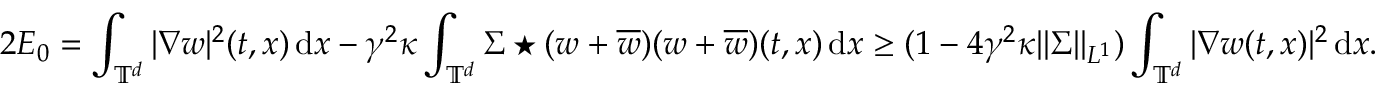
2 E _ { 0 } = \displaystyle \int _ { \mathbb T ^ { d } } | \nabla w | ^ { 2 } ( t , x ) \, { \mathrm { d } } x - \displaystyle \gamma ^ { 2 } \kappa \displaystyle \int _ { \mathbb T ^ { d } } \Sigma \star ( w + \overline { w } ) ( w + \overline { w } ) ( t , x ) \, { \mathrm { d } } x \ge ( 1 - 4 \gamma ^ { 2 } \kappa \| \Sigma \| _ { L ^ { 1 } } ) \int _ { \mathbb T ^ { d } } | \nabla w ( t , x ) | ^ { 2 } \, { \mathrm { d } } x .